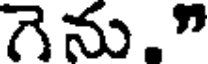
గెను."